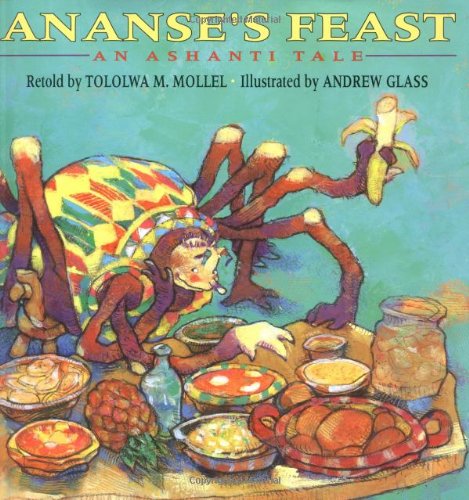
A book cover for Ananse's Feast: An Ashanti Tale; Tololwa M. Mollel; Children's Books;